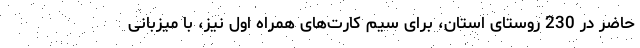
حاضر در 230 روستای استان، برای سیم کارت‌های همراه اول نیز، با میزبانی